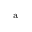
^ { \mathrm { a } }